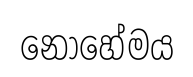
නොහේමය